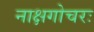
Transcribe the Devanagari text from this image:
नाक्षगोचरः